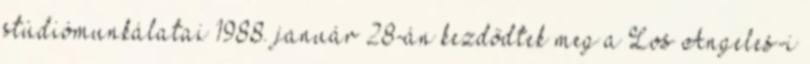
stúdiómunkálatai 1988. január 28-án kezdődtek meg a Los Angeles-i